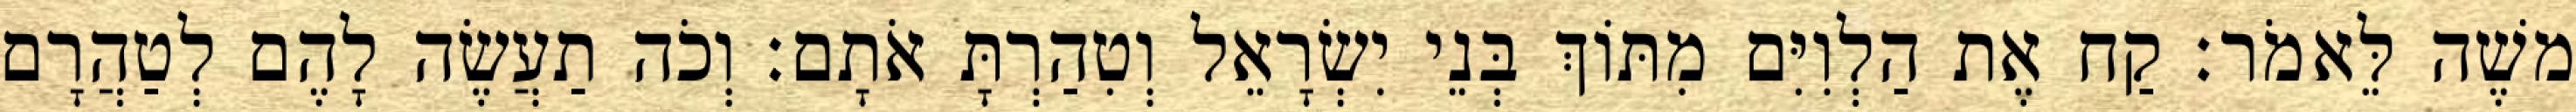
משֶׁה לֵּאמֹר׃ קַח אֶת הַלְוִיִּם מִתּוֹךְ בְּנֵי יִשְׂרָאֵל וְטִהַרְתָּ אֹתָם׃ וְכֹה תַעֲשֶׂה לָהֶם לְטַהֲרָם